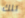
تلك